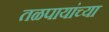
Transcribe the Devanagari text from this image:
तळपायांच्या